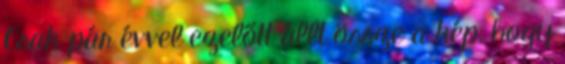
Csak pár évvel ezelőtt állt össze a kép, hogy